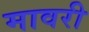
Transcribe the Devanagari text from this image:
मावरी